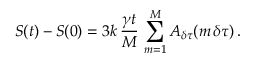
S ( t ) - S ( 0 ) = 3 k \, \frac { \gamma t } { M } \, \sum _ { m = 1 } ^ { M } A _ { \delta \tau } ( m \, \delta \tau ) \, .